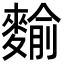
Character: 𪍍